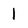
Character: 1